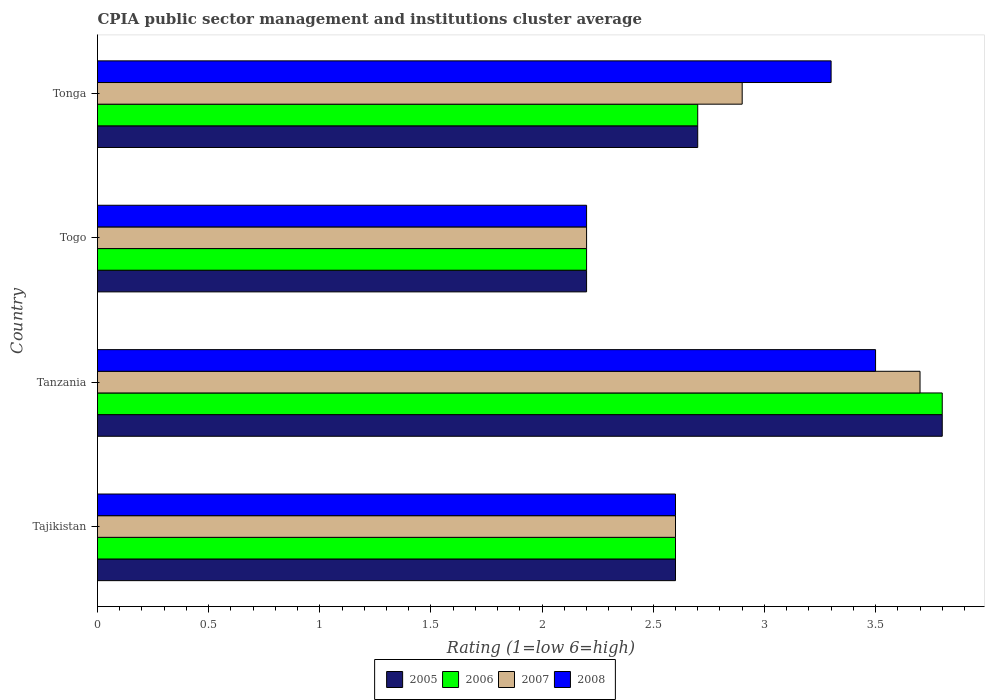
| Country | 2005 | 2006 | 2007 | 2008 |
 | --- | --- | --- | --- | --- |
 | Tajikistan | 2.6 | 2.6 | 2.6 | 2.6 |
 | Tanzania | 3.8 | 3.8 | 3.7 | 3.5 |
 | Togo | 2.2 | 2.2 | 2.2 | 2.2 |
 | Tonga | 2.7 | 2.7 | 2.9 | 3.3 |